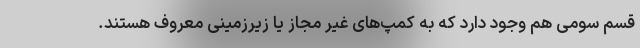
قسم سومی هم وجود دارد که به کمپ‌های غیر مجاز یا زیرزمینی معروف هستند.